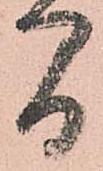
間